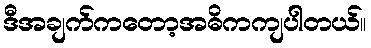
ဒီအချက်ကတော့အဓိကကျပါတယ်။